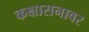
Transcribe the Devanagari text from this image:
कक्षासनावर